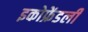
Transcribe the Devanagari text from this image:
इकोफ्रेंडली